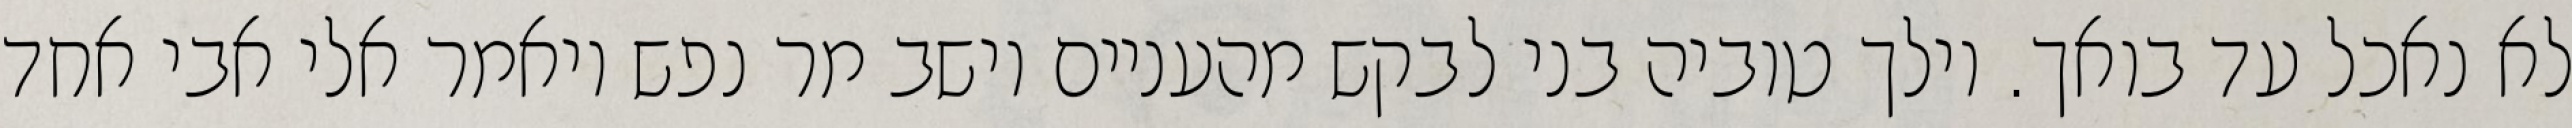
לא נאכל עד בואך. וילך טוביה בני לבקש מהעניים וישב מר נפש ויאמר אלי אבי אחד